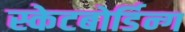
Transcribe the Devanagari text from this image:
स्केटबोर्डिन्ग